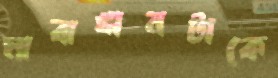
মাঝখানটাকে